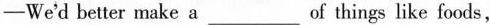
——We'd better make aof ___things like foods,